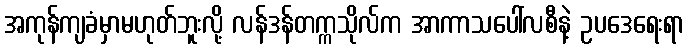
အကုန်ကျခံမှာမဟုတ်ဘူးလို့ လန်ဒန်တက္ကသိုလ်က အာကာသပေါ်လစီနဲ့ ဥပဒေရေးရာ